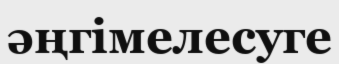
әңгімелесуге